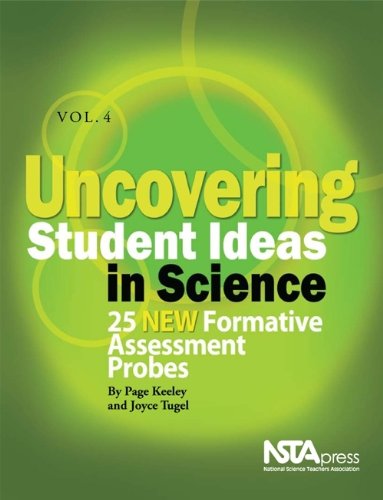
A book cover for Uncovering Student Ideas in Science, Volume 4: 25 New Formative Assessment Probes (PB193X4); Page Keeley; Science & Math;